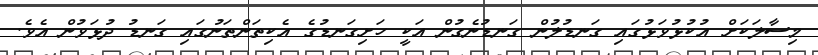
މިސާލަކަށް އުކުޅުވަޅުގައި ގަނޑުލުން ގަނޑުނެގުން އަކީ ހަށިގަނޑުގެ އެކިތަންތަނުގައި ގަނޑު ދުޅަވުން އެވެ.